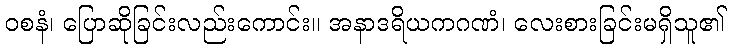
ဝစနံ၊ ပြောဆိုခြင်းလည်းကောင်း။ အနာဒရိယကဂဏံ၊ လေးစားခြင်းမရှိသူ၏